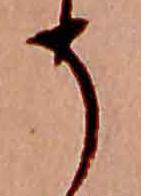
そ